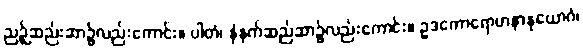
ညဉ့်ဆည်းဆာ၌လည်းကောင်း။ ပါတံ၊ နံနက်ဆည်ဆာ၌လည်းကောင်း။ ဥဒကောရောဟနာနုယောဂံ၊